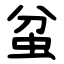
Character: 蚠